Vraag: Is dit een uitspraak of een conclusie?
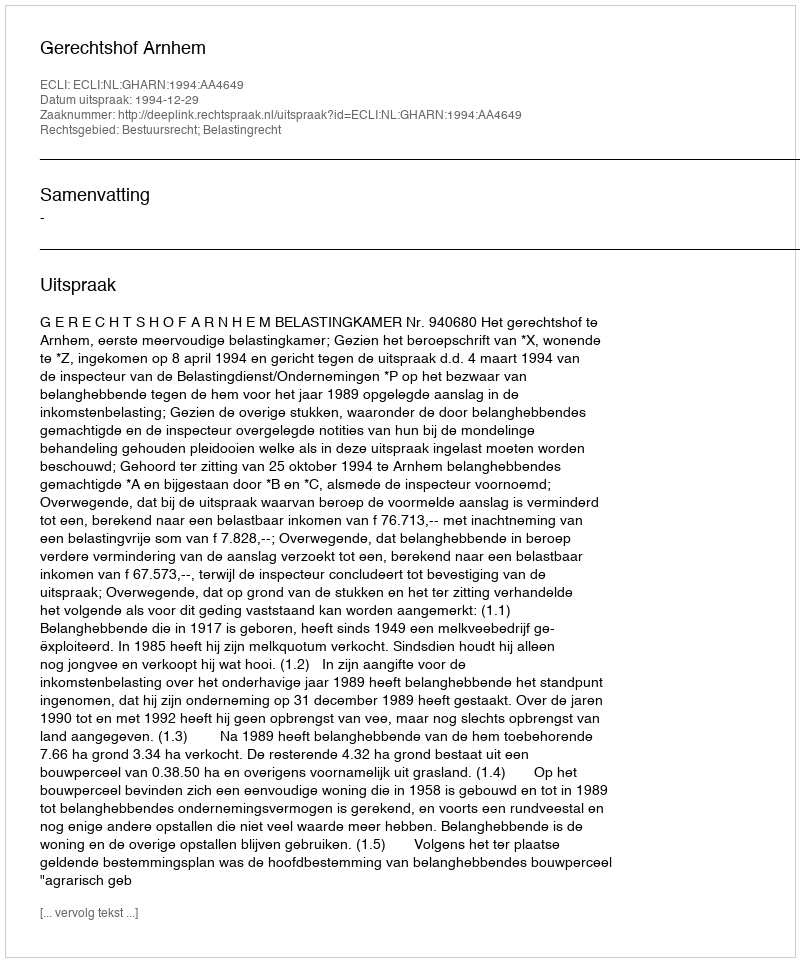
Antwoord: Uitspraak